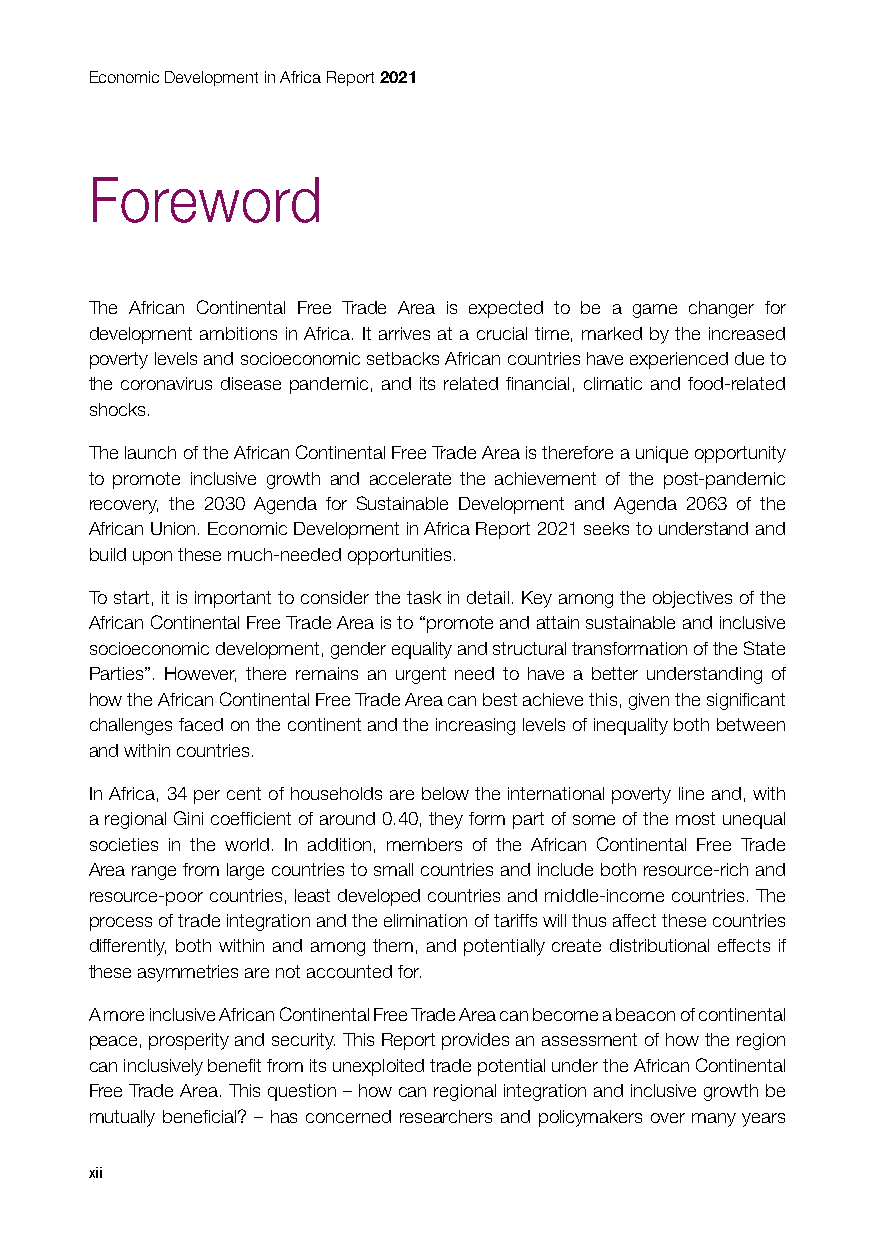
Economic Development in Africa Report 2021
 Foreword
 The African Continental Free Trade Area is expected to be a game changer for
 development ambitions in Africa. It arrives at a crucial time, marked by the increased
 poverty levels and socioeconomic setbacks African countries have experienced due to
 the coronavirus disease pandemic, and its related financial, climatic and food-related
 shocks.
 The launch of the African Continental Free Trade Area is therefore a unique opportunity
 to promote inclusive growth and accelerate the achievement of the post-pandemic
 recovery, the 2030 Agenda for Sustainable Development and Agenda 2063 of the
 African Union. Economic Development in Africa Report 2021 seeks to understand and
 build upon these much-needed opportunities.
 To start, it is important to consider the task in detail. Key among the objectives of the
 African Continental Free Trade Area is to “promote and attain sustainable and inclusive
 socioeconomic development, gender equality and structural transformation of the State
 Parties”. However, there remains an urgent need to have a better understanding of
 how the African Continental Free Trade Area can best achieve this, given the significant
 challenges faced on the continent and the increasing levels of inequality both between
 and within countries.
 In Africa, 34 per cent of households are below the international poverty line and, with
 a regional Gini coefficient of around 0.40, they form part of some of the most unequal
 societies in the world. In addition, members of the African Continental Free Trade
 Area range from large countries to small countries and include both resource-rich and
 resource-poor countries, least developed countries and middle-income countries. The
 process of trade integration and the elimination of tariffs will thus affect these countries
 differently, both within and among them, and potentially create distributional effects if
 these asymmetries are not accounted for.
 A more inclusive African Continental Free Trade Area can become a beacon of continental
 peace, prosperity and security. This Report provides an assessment of how the region
 can inclusively benefit from its unexploited trade potential under the African Continental
 Free Trade Area. This question – how can regional integration and inclusive growth be
 mutually beneficial? – has concerned researchers and policymakers over many years
 xii